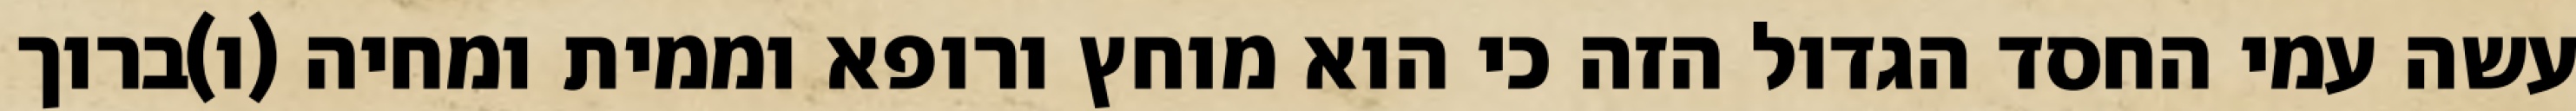
עשה עמי החסד הגדול הזה כי הוא מוחץ ורופא וממית ומחיה (ו)ברוך